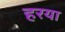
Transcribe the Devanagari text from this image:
हरया